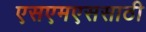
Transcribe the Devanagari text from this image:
एसएमएससाठी